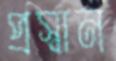
প্রস্বান